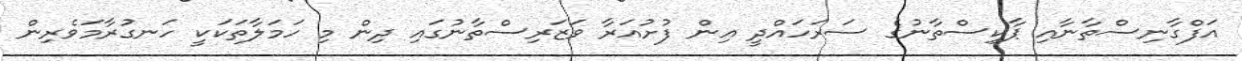
އަފްގާނިސްތާނާއި ޕާކިސްތާނުގެ ސަރަހައްދީ އިން ފުށުއަރާ ވަޒަރިސްތާނުގައި ދިން މި ހަމަލާތަކަކީ ހަނގުރާމަވެރިން